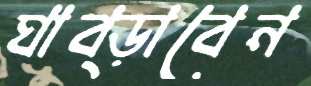
ঘাব্‌ড়াবেন